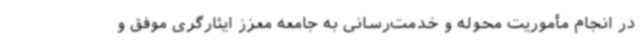
در انجام مأموریت محوله و خدمت‌رسانی به جامعه معزز ایثارگری موفق و